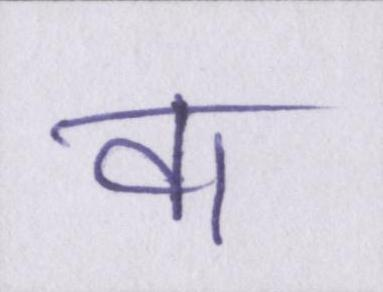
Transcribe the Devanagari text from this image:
वा